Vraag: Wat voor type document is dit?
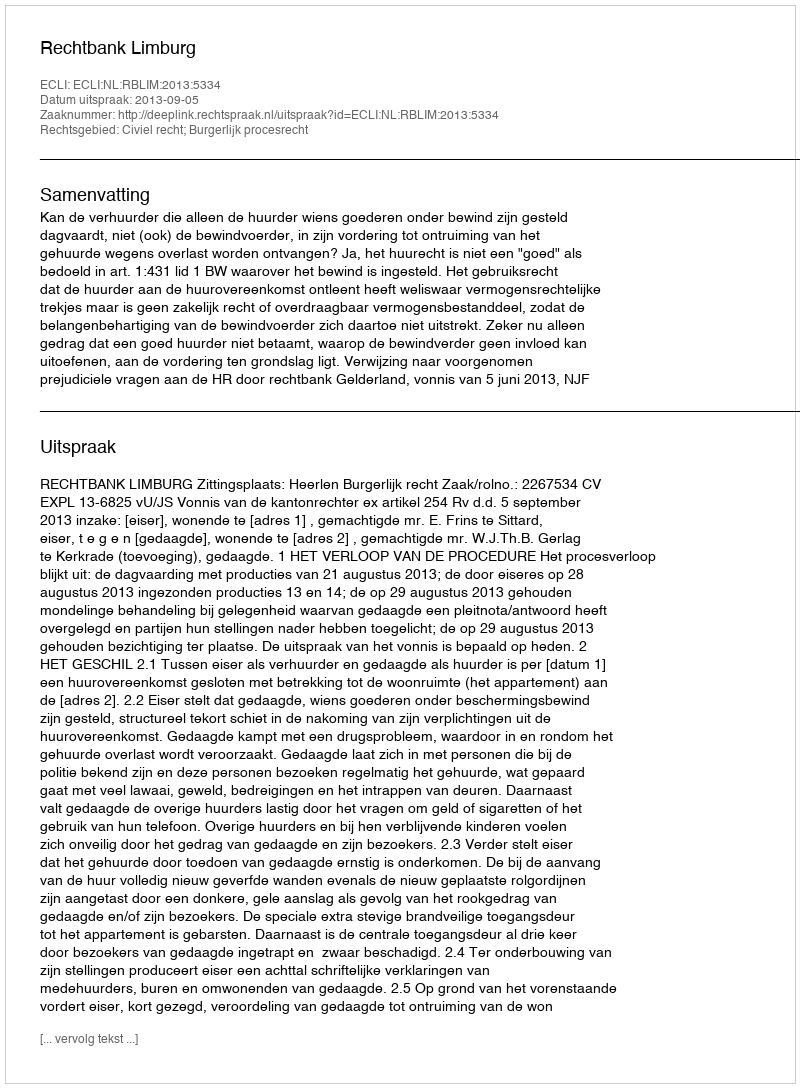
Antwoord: Uitspraak